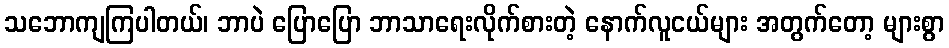
သဘောကျကြပါတယ်၊ ဘာပဲ ပြောပြော ဘာသာရေးလိုက်စားတဲ့ နောက်လူငယ်များ အတွက်တော့ များစွာ